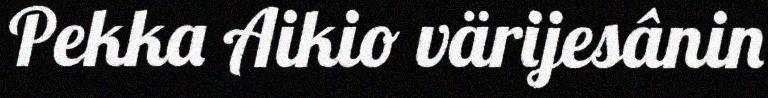
Pekka Aikio värijesânin